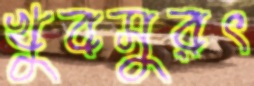
খুবসুরৎ